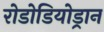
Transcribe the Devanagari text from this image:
रोडोडियोड्रान